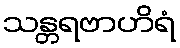
သန္တရဗာဟိရံ